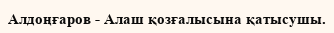
Алдоңғаров - Алаш қозғалысына қатысушы.